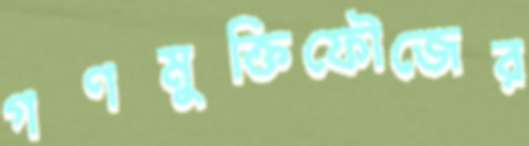
গণমুক্তিফৌজের